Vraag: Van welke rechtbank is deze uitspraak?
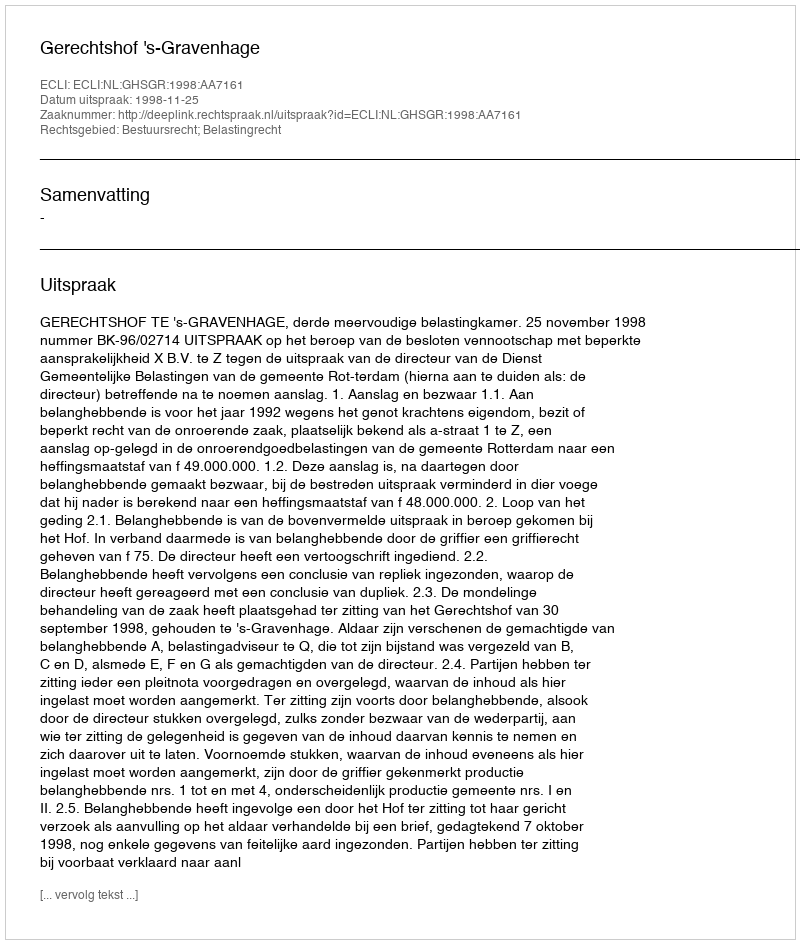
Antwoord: Gerechtshof 's-Gravenhage